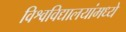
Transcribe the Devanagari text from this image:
विश्वविद्यालयांमध्ये